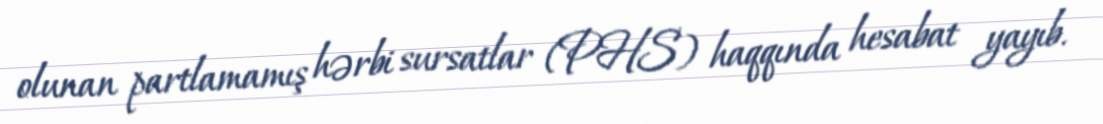
olunan partlamamış hərbi sursatlar (PHS) haqqında hesabat yayıb.